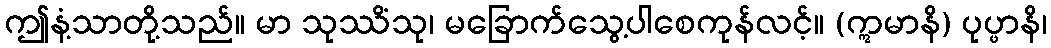
ဤနံ့သာတို့သည်။ မာ သုဿိံသု၊ မခြောက်သွေ့ပါစေကုန်လင့်။ (ဣမာနိ) ပုပ္ဖာနိ၊